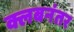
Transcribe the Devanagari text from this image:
क्लबनंतर